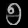
Digit: ၅